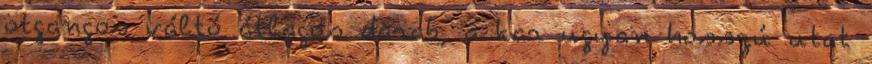
ötgangos váltó átlagos darab, a kar ugyan hosszú utat